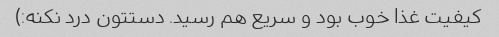
کیفیت غذا خوب بود و سریع هم رسید. دستتون درد نکنه:)